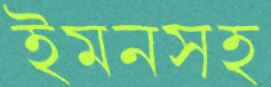
ইমনসহ